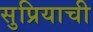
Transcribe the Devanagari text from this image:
सुप्रियाची